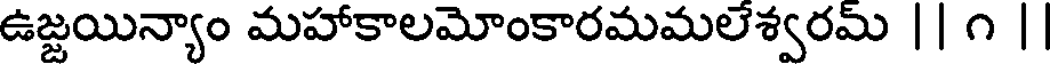
ఉజ్జయిన్యాం మహాకాలమోంకారమమలేశ్వరమ్ || ౧ |